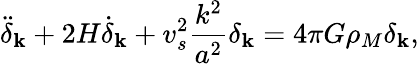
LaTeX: {\ddot{\delta}}_{\mathbf k}+2H{\dot{\delta}}_{\mathbf k}+v_{s}^{2}\frac{k^{2}}{a^{2}}\delta_{\mathbf k}=4\pi G\rho_{M}\delta_{\mathbf k},